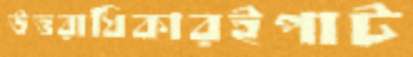
উত্তরাধিকারইপাট